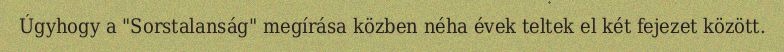
Úgyhogy a "Sorstalanság" megírása közben néha évek teltek el két fejezet között.